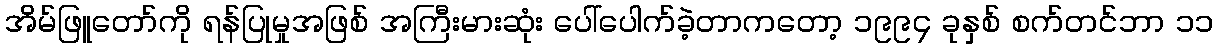
အိမ်ဖြူတော်ကို ရန်ပြုမှုအဖြစ် အကြီးမားဆုံး ပေါ်ပေါက်ခဲ့တာကတော့ ၁၉၉၄ ခုနှစ် စက်တင်ဘာ ၁၁